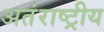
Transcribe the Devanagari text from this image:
अतंराष्ट्रीय